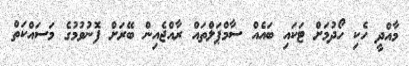
މާއްދީ ހެކި ހޯދުމަށް ޓަކައި ބައެއް ސާމްޕަލްތައް ރާއްޖެއިން ބޭރަށް ފޮނުވުމުގެ މަސައްކަތް